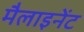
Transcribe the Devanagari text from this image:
मैलाइनेंट